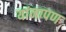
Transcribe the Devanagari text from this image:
यांनापण